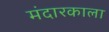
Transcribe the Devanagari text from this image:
मंदारकाला